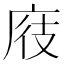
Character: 𪪖